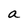
Character: a